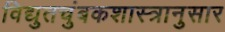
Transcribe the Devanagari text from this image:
विद्युतचुंबकशास्त्रानुसार